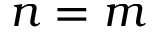
n = m